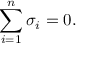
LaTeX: \sum _ { i = 1 } ^ { n } \sigma _ { i } = 0 .